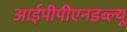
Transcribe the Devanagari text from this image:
आईपीपीएनडब्ल्यू